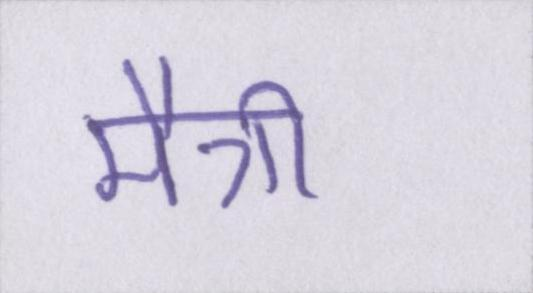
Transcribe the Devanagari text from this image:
मैत्री